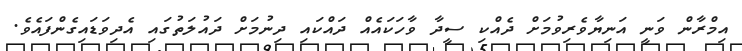
އިމްރާން ވަނީ އަނިޔާވެރިވުމަށް ދެއްކި ސީދާ ވާހަކައެއް ދައްކައި ދިނުމަށް ދައުލަތުގައި އެދިވަޑައިގެންފައެވެ.